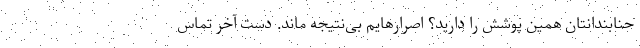
حنابندانتان همین پوشش را دارید؟ اصرارهایم بی‌نتیجه ماند. دست آخر تماس